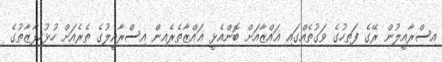
އިސްރާއީލުން ރޭގެ ފަތިހުގެ ވަގުތެއްގައި ޣައްޒާއަށް ބޮންއެޅީ ޣައްޒާތެރެއިން އިސްރާއީލުގެ ތެރެއަށް ހުޅުހިފާޒާތުގެ